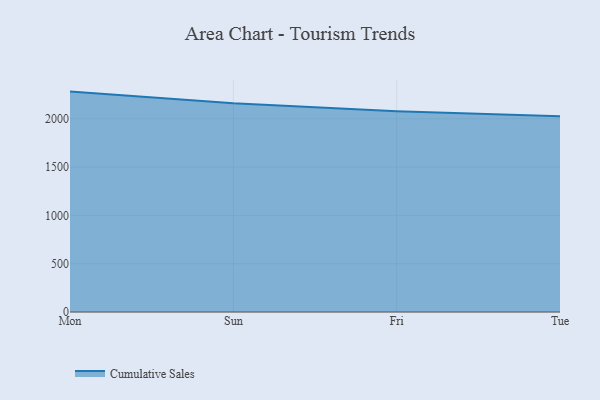
{"axis": {"x": "Day", "y": "Market Share (%)"}, "legend": ["Cumulative Sales"], "data": [{"x": "Mon", "y": 2280.7, "type": "Cumulative Sales"}, {"x": "Sun", "y": 2159.3, "type": "Cumulative Sales"}, {"x": "Fri", "y": 2077.2, "type": "Cumulative Sales"}, {"x": "Tue", "y": 2024.6, "type": "Cumulative Sales"}]}